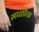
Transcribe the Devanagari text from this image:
माळीचा